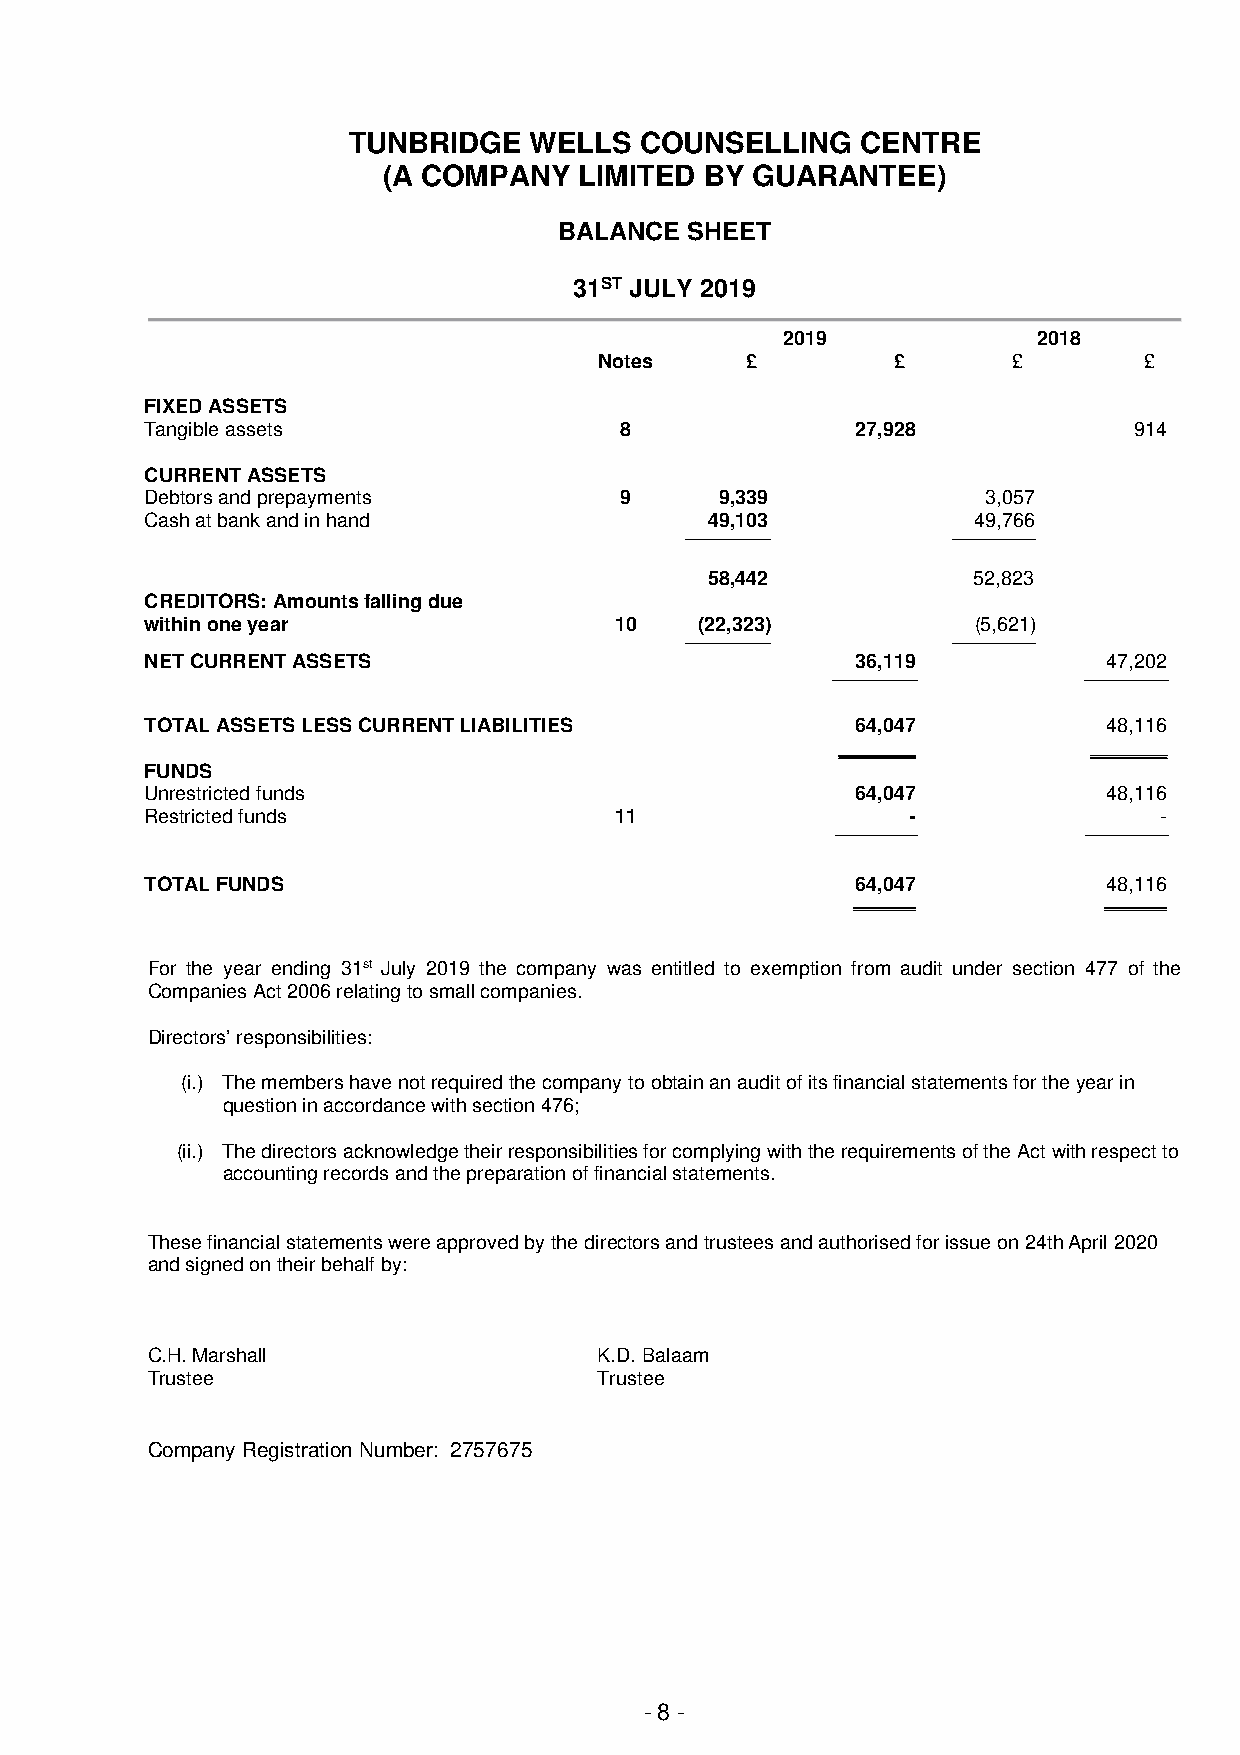
TUNBRIDGE   WELLS  COUNSELLING    CENTRE
 (A COMPANY   LIMITED  BY GUARANTEE)
 BALANCE  SHEET
 31ST JULY 2019
 2019             2018
 Notes    £         £       £        £
 FIXED ASSETS
 Tangible assets                8               27,928            914
 CURRENT ASSETS
 Debtors and prepayments        9      9,339            3,057
 Cash at bank and in hand             49,103            49,766
 ------------------------------------------ ------------------------------------------
 58,442           52,823
 CREDITORS: Amounts falling due
 within one year                10   (22,323)           (5,621)
 ------------------------------------------ ------------------------------------------
 NET CURRENT ASSETS                             36,119          47,202
 ------------------------------------------ ------------------------------------------
 TOTAL ASSETS LESS CURRENT LIABILITIES          64,047          48,116
 _______         _______
 FUNDS
 Unrestricted funds                             64,047          48,116
 Restricted funds               11                 -                -
 ----------------------------------------- ------------------------------------------
 TOTAL FUNDS                                    64,047          48,116
 _________        _________
 For the year ending 31st July 2019 the company was entitled to exemption from audit under section 477 of the
 Companies Act 2006 relating to small companies.
 Directors’ responsibilities:
 (i.) The members have not required the company to obtain an audit of its financial statements for the year in
 question in accordance with section 476;
 (ii.) The directors acknowledge their responsibilities for complying with the requirements of the Act with respect to
 accounting records and the preparation of financial statements.
 These financial statements were approved by the directors and trustees and authorised for issue on 24th April 2020
 and signed on their behalf by:
 C.H. Marshall                 K.D. Balaam
 Trustee                       Trustee
 Company Registration Number: 2757675
 - 8 -